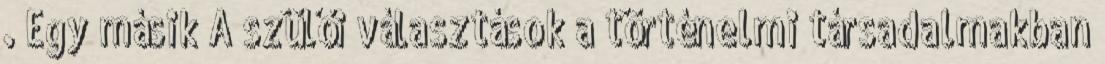
. Egy másik A szülői választások a történelmi társadalmakban